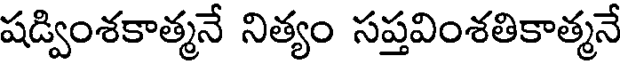
షడ్వింశకాత్మనే నిత్యం సప్తవింశతికాత్మనే